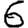
Digit: 6